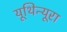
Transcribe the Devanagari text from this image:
यूथिन्यूरा